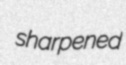
sharpened